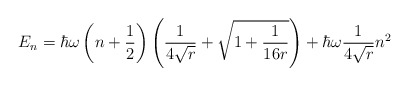
\begin{align*}E_n = \hbar \omega \left( n + \frac{1}{2} \right) \left( \frac{1}{4\sqrt{r}} + \sqrt{ 1 + \frac{1}{16 r}} \right) + \hbar \omega \frac{1}{4\sqrt{r}} n^2\end{align*}